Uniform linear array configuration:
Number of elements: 16
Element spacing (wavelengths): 0.5
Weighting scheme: exponential
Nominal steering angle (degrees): -60
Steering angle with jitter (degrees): -58.616
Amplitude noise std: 0.05
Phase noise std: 0.05

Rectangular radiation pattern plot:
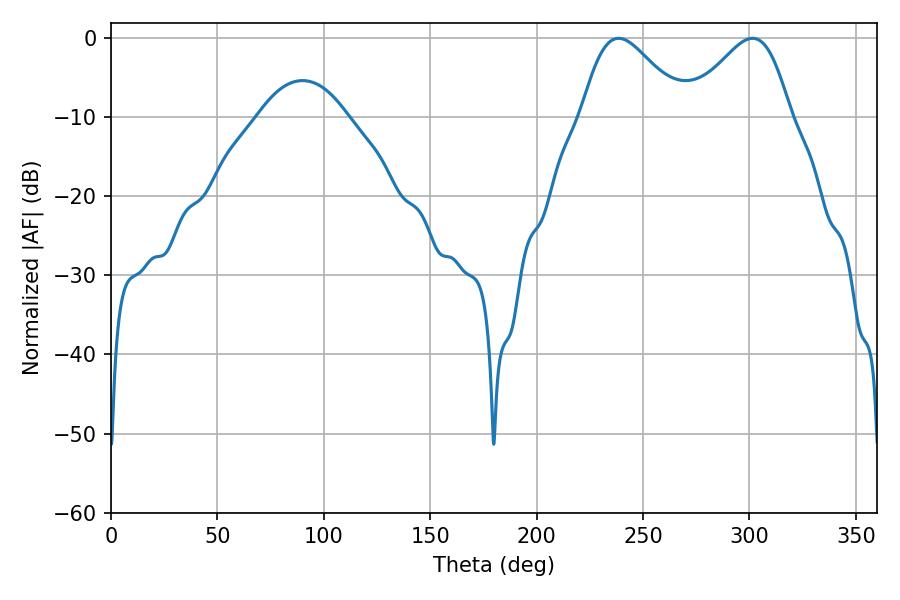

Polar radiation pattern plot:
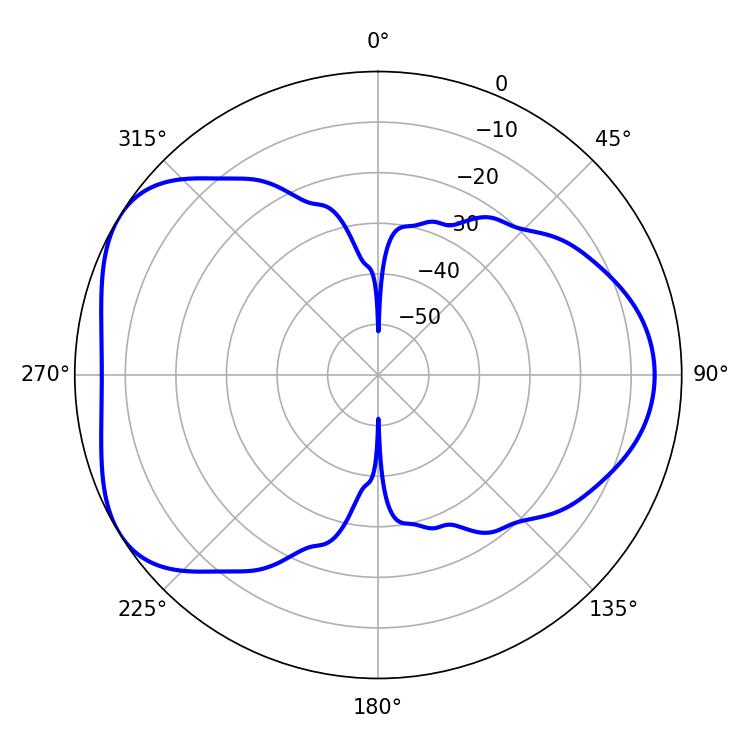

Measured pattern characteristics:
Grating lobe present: FALSE
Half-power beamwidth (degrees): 25.38
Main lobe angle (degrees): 238.5